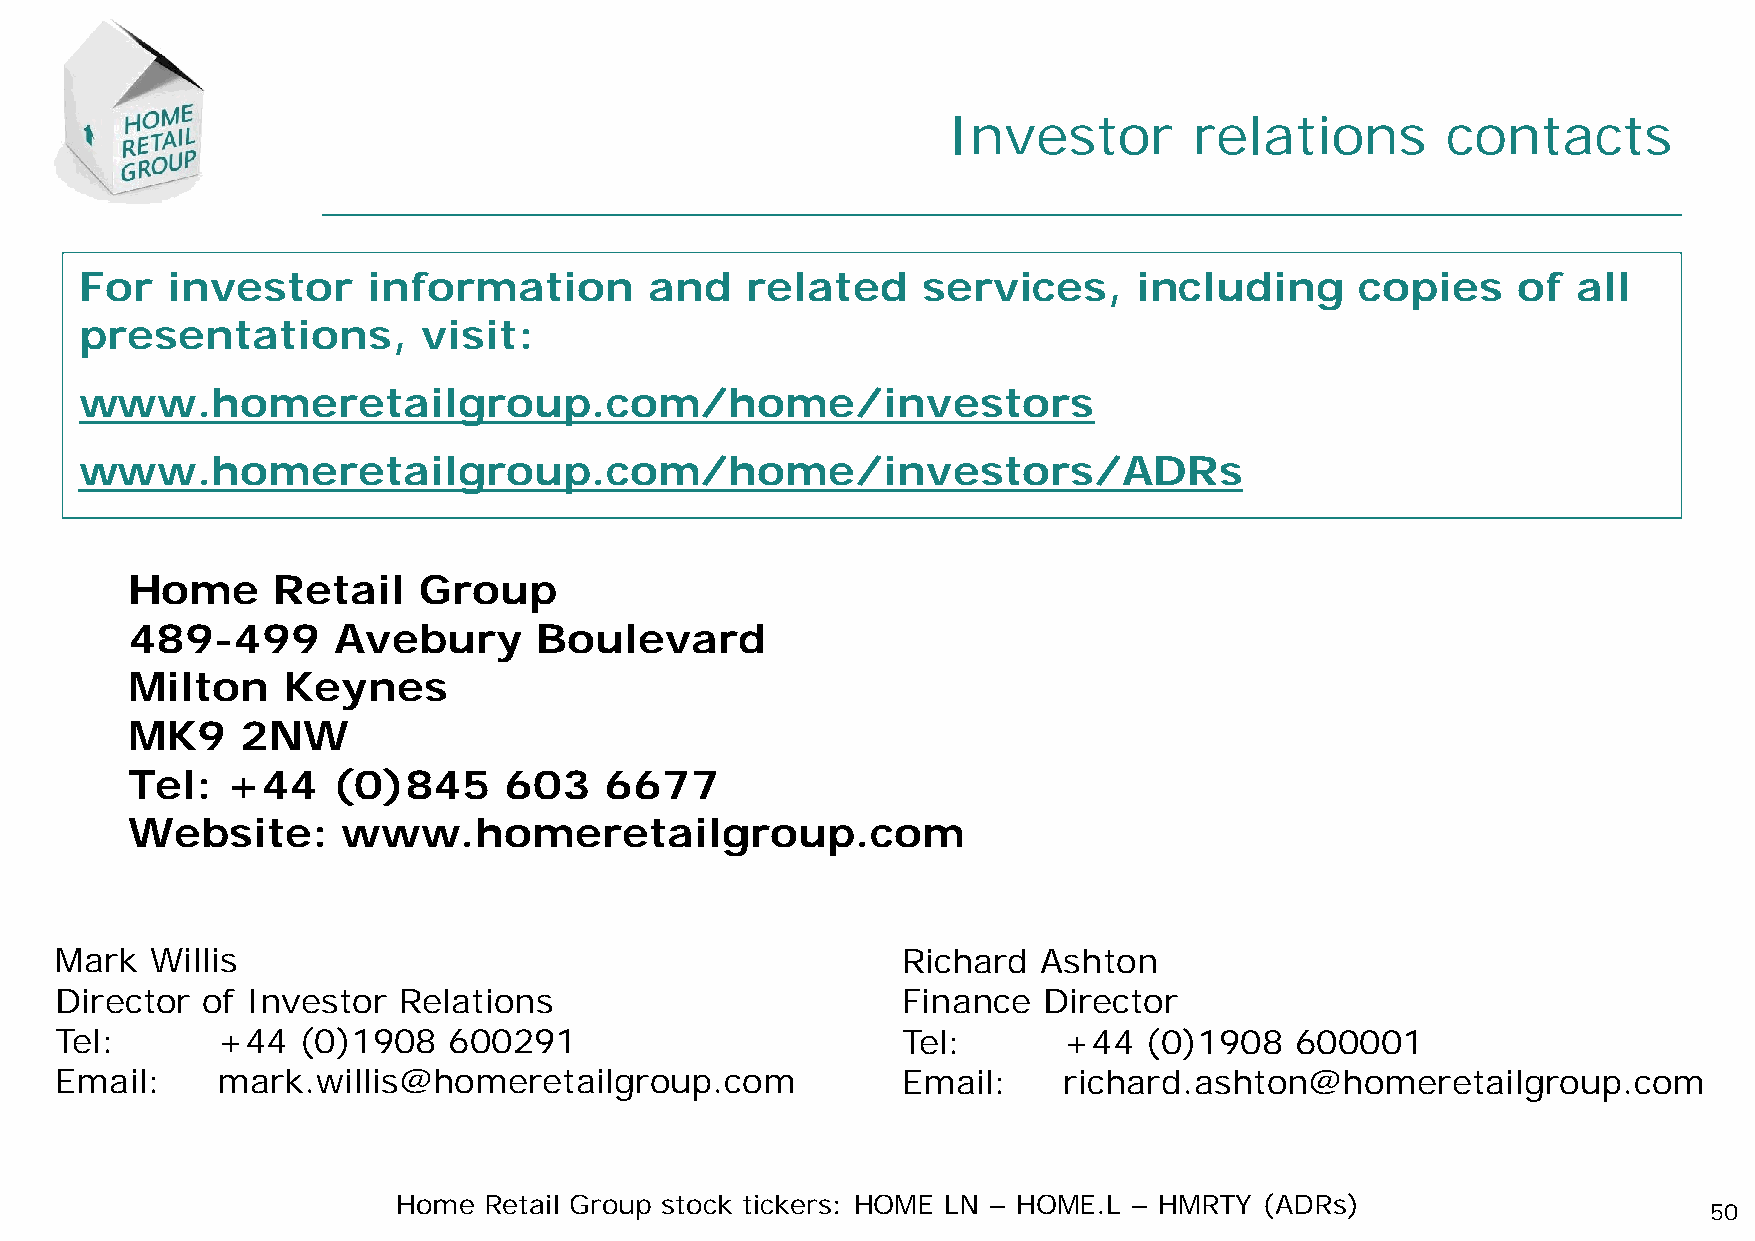
Investor        relations        contacts
 For   investor     information        and   related     services,     including      copies    of  all
 presentations,         visit:
 www.homeretailgroup.com/home/investors
 www.homeretailgroup.com/home/investors/ADRs
 Home      Retail    Group
 489-499       Avebury      Boulevard
 Milton     Keynes
 MK9     2NW
 Tel:   +44    (0)845     603    6677
 Website:       www.homeretailgroup.com
 Mark  Willis                                            Richard  Ashton
 Director of Investor  Relations                         Finance  Director
 Tel:      +44   (0)1908   600291                        Tel:      +44   (0)1908   600001
 Email:    mark.willis@homeretailgroup.com               Email:    richard.ashton@homeretailgroup.com
 Home  Retail Group stock tickers: HOME LN – HOME.L – HMRTY (ADRs)
 50